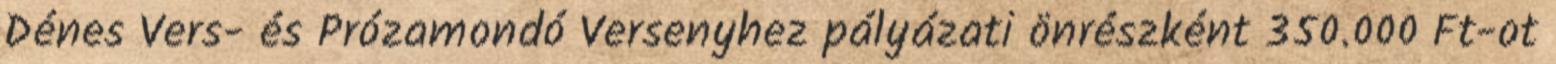
Dénes Vers- és Prózamondó Versenyhez pályázati önrészként 350.000 Ft-ot